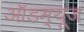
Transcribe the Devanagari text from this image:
ऑडम्यूज